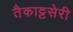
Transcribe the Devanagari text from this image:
तैकाट्टसेरी